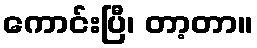
ကောင်းပြီ၊ တာ့တာ။